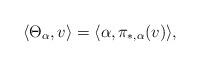
LaTeX: \begin{align*} \langle\Theta_{\alpha},v\rangle=\langle\alpha,\pi_{\ast,\alpha}(v)\rangle,\end{align*}